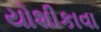
યોશીકાવા